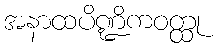
အနာထပိဏ္ဍိကဝတ္ထု